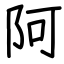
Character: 阿